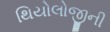
થિયોલોજીની